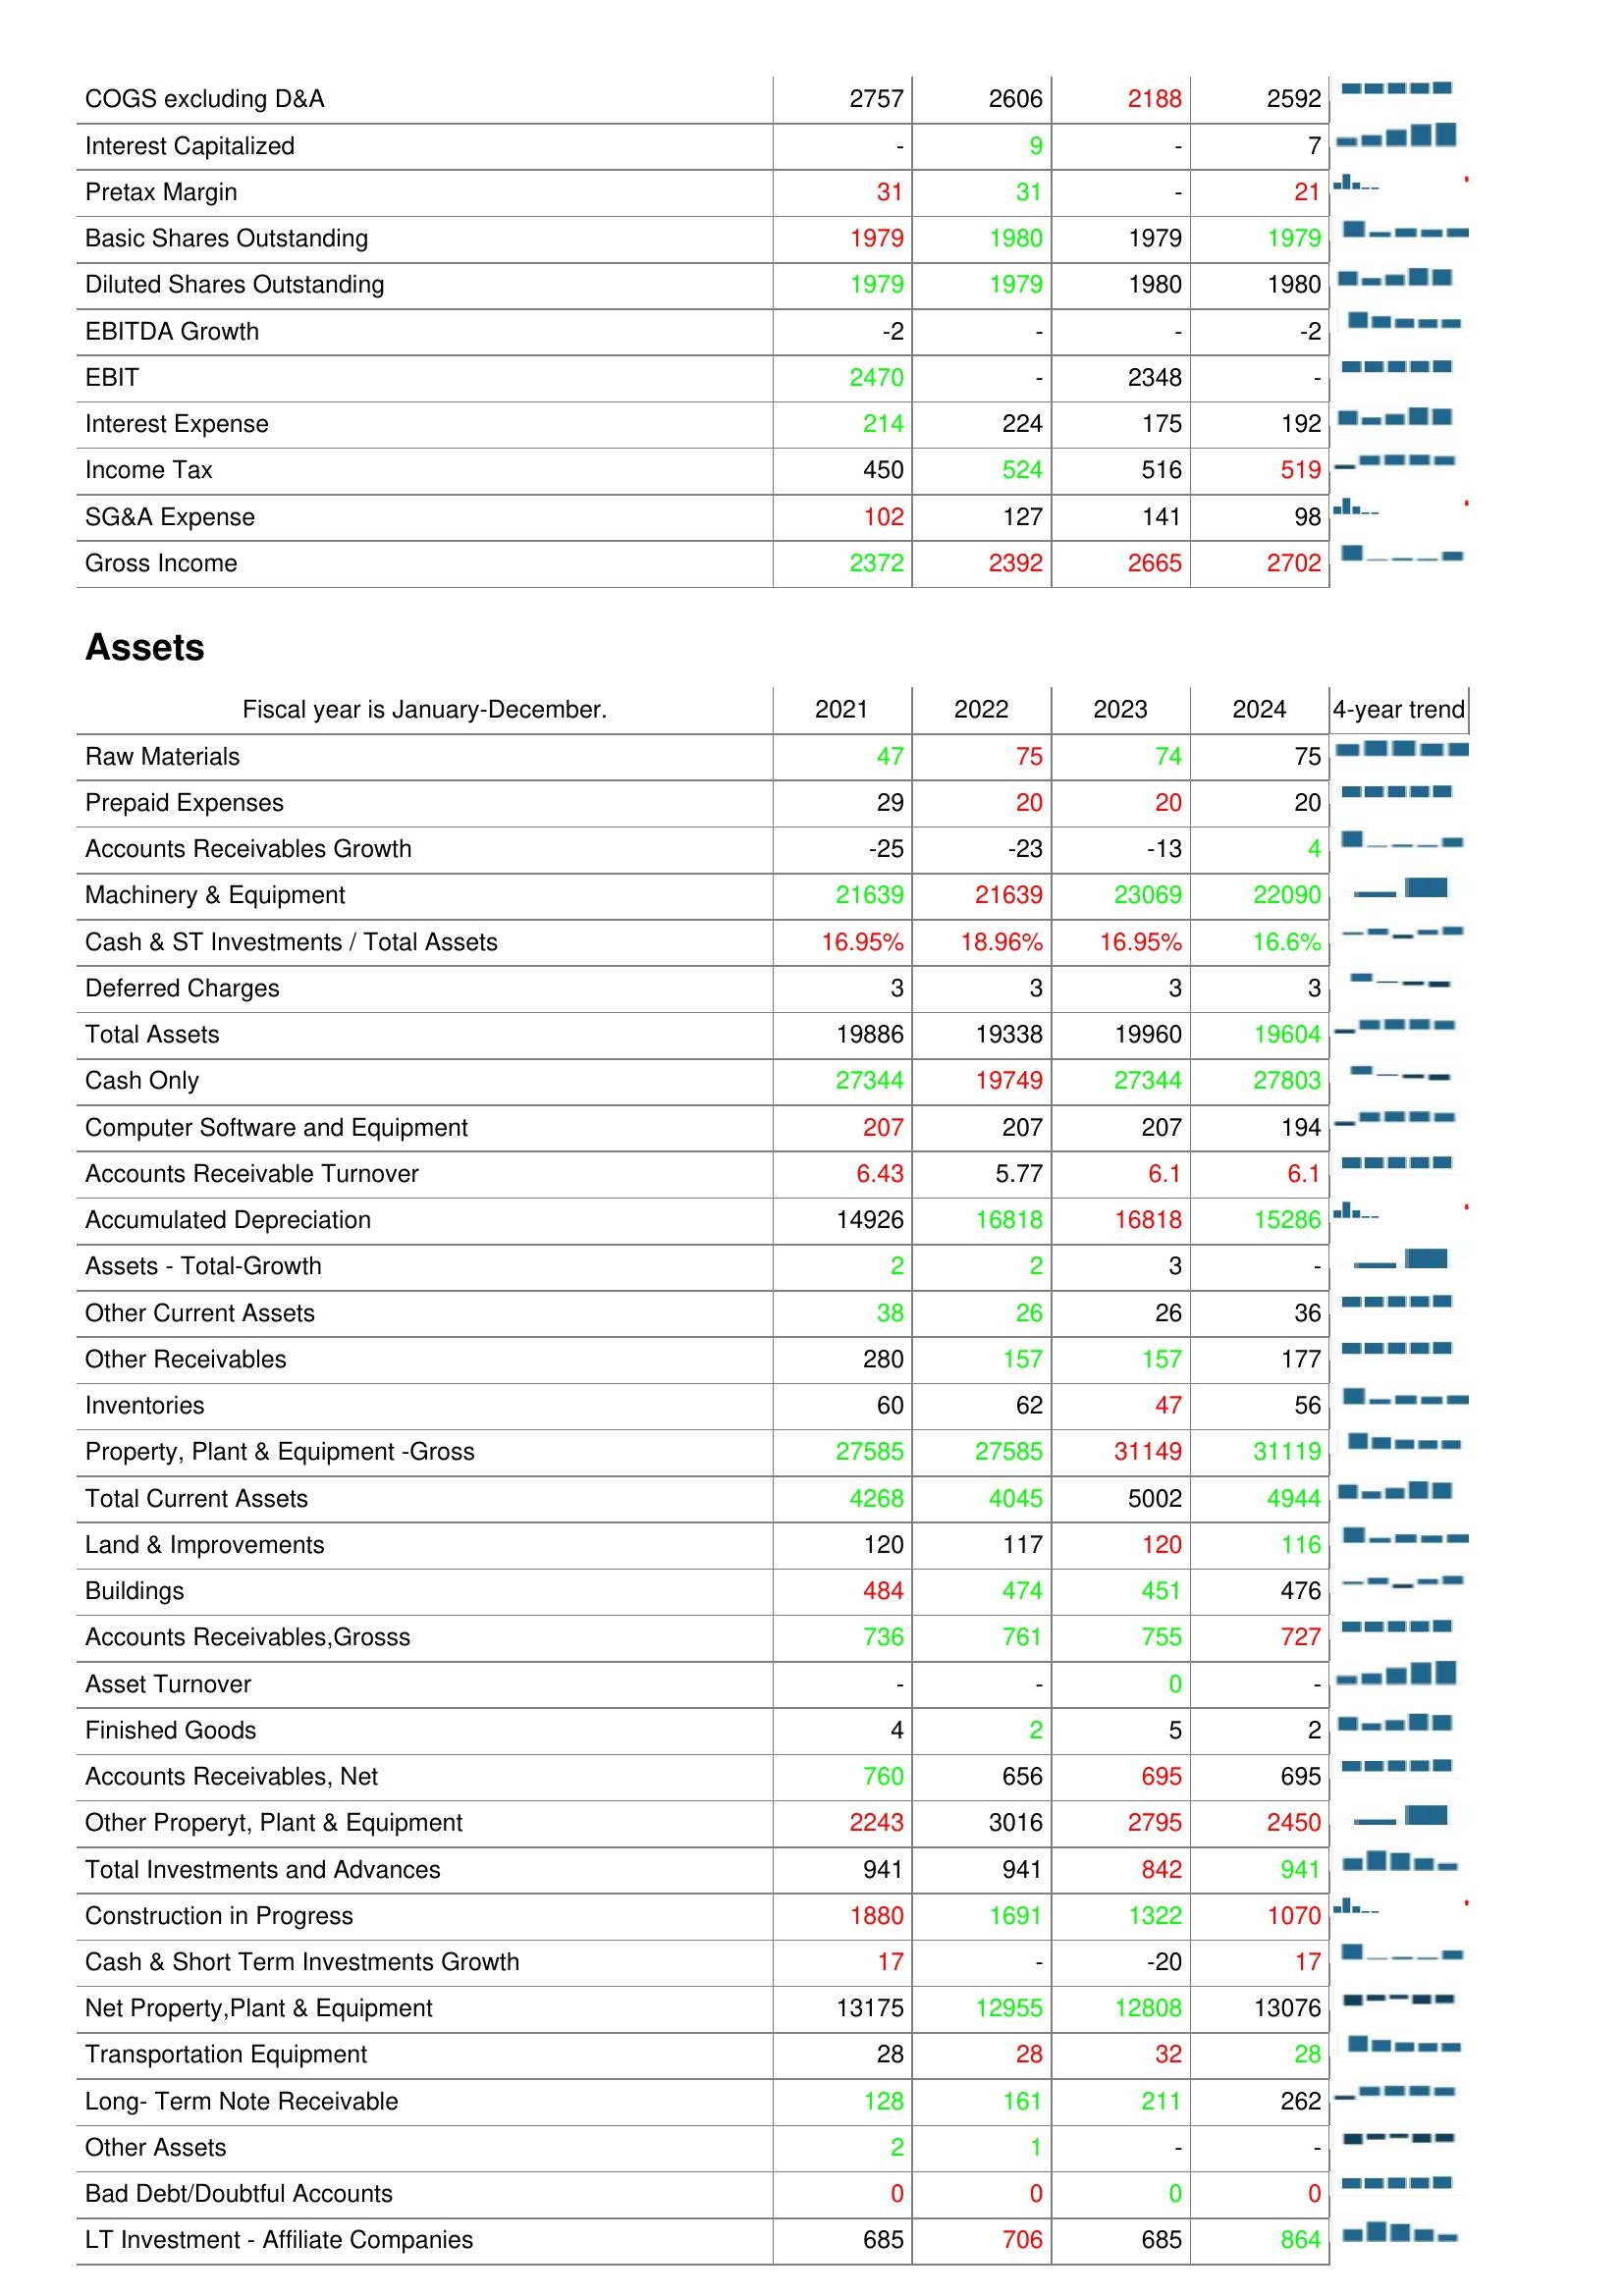
2021: : COGS excluding D&A: 2757
Interest Capitalized: -
Pretax Margin: 31
Basic Shares Outstanding: 1979
Diluted Shares Outstanding: 1979
EBITDA Growth: -2
EBIT: 2470
Interest Expense: 214
Income Tax: 450
SG&A Expense: 102
Gross Income: 2372
Assets: Raw Materials: 47
Prepaid Expenses: 29
Accounts Receivables Growth: -25
Machinery & Equipment: 21639
Cash & ST Investments / Total Assets: 16.95%
Deferred Charges: 3
Total Assets: 19886
Cash Only: 27344
Computer Software and Equipment: 207
Accounts Receivable Turnover: 6.43
Accumulated Depreciation: 14926
Assets - Total-Growth: 2
Other Current Assets: 38
Other Receivables: 280
Inventories: 60
Property, Plant & Equipment -Gross: 27585
Total Current Assets: 4268
Land & Improvements: 120
Buildings: 484
Accounts Receivables,Grosss: 736
Asset Turnover: -
Finished Goods: 4
Accounts Receivables, Net: 760
Other Properyt, Plant & Equipment: 2243
Total Investments and Advances: 941
Construction in Progress: 1880
Cash & Short Term Investments Growth: 17
Net Property,Plant & Equipment: 13175
Transportation Equipment: 28
Long- Term Note Receivable: 128
Other Assets: 2
Bad Debt/Doubtful Accounts: 0
LT Investment - Affiliate Companies: 685
2022: : COGS excluding D&A: 2606
Interest Capitalized: 9
Pretax Margin: 31
Basic Shares Outstanding: 1980
Diluted Shares Outstanding: 1979
EBITDA Growth: -
EBIT: -
Interest Expense: 224
Income Tax: 524
SG&A Expense: 127
Gross Income: 2392
Assets: Raw Materials: 75
Prepaid Expenses: 20
Accounts Receivables Growth: -23
Machinery & Equipment: 21639
Cash & ST Investments / Total Assets: 18.96%
Deferred Charges: 3
Total Assets: 19338
Cash Only: 19749
Computer Software and Equipment: 207
Accounts Receivable Turnover: 5.77
Accumulated Depreciation: 16818
Assets - Total-Growth: 2
Other Current Assets: 26
Other Receivables: 157
Inventories: 62
Property, Plant & Equipment -Gross: 27585
Total Current Assets: 4045
Land & Improvements: 117
Buildings: 474
Accounts Receivables,Grosss: 761
Asset Turnover: -
Finished Goods: 2
Accounts Receivables, Net: 656
Other Properyt, Plant & Equipment: 3016
Total Investments and Advances: 941
Construction in Progress: 1691
Cash & Short Term Investments Growth: -
Net Property,Plant & Equipment: 12955
Transportation Equipment: 28
Long- Term Note Receivable: 161
Other Assets: 1
Bad Debt/Doubtful Accounts: 0
LT Investment - Affiliate Companies: 706
2023: : COGS excluding D&A: 2188
Interest Capitalized: -
Pretax Margin: -
Basic Shares Outstanding: 1979
Diluted Shares Outstanding: 1980
EBITDA Growth: -
EBIT: 2348
Interest Expense: 175
Income Tax: 516
SG&A Expense: 141
Gross Income: 2665
Assets: Raw Materials: 74
Prepaid Expenses: 20
Accounts Receivables Growth: -13
Machinery & Equipment: 23069
Cash & ST Investments / Total Assets: 16.95%
Deferred Charges: 3
Total Assets: 19960
Cash Only: 27344
Computer Software and Equipment: 207
Accounts Receivable Turnover: 6.1
Accumulated Depreciation: 16818
Assets - Total-Growth: 3
Other Current Assets: 26
Other Receivables: 157
Inventories: 47
Property, Plant & Equipment -Gross: 31149
Total Current Assets: 5002
Land & Improvements: 120
Buildings: 451
Accounts Receivables,Grosss: 755
Asset Turnover: 0
Finished Goods: 5
Accounts Receivables, Net: 695
Other Properyt, Plant & Equipment: 2795
Total Investments and Advances: 842
Construction in Progress: 1322
Cash & Short Term Investments Growth: -20
Net Property,Plant & Equipment: 12808
Transportation Equipment: 32
Long- Term Note Receivable: 211
Other Assets: -
Bad Debt/Doubtful Accounts: 0
LT Investment - Affiliate Companies: 685
2024: : COGS excluding D&A: 2592
Interest Capitalized: 7
Pretax Margin: 21
Basic Shares Outstanding: 1979
Diluted Shares Outstanding: 1980
EBITDA Growth: -2
EBIT: -
Interest Expense: 192
Income Tax: 519
SG&A Expense: 98
Gross Income: 2702
Assets: Raw Materials: 75
Prepaid Expenses: 20
Accounts Receivables Growth: 4
Machinery & Equipment: 22090
Cash & ST Investments / Total Assets: 16.6%
Deferred Charges: 3
Total Assets: 19604
Cash Only: 27803
Computer Software and Equipment: 194
Accounts Receivable Turnover: 6.1
Accumulated Depreciation: 15286
Assets - Total-Growth: -
Other Current Assets: 36
Other Receivables: 177
Inventories: 56
Property, Plant & Equipment -Gross: 31119
Total Current Assets: 4944
Land & Improvements: 116
Buildings: 476
Accounts Receivables,Grosss: 727
Asset Turnover: -
Finished Goods: 2
Accounts Receivables, Net: 695
Other Properyt, Plant & Equipment: 2450
Total Investments and Advances: 941
Construction in Progress: 1070
Cash & Short Term Investments Growth: 17
Net Property,Plant & Equipment: 13076
Transportation Equipment: 28
Long- Term Note Receivable: 262
Other Assets: -
Bad Debt/Doubtful Accounts: 0
LT Investment - Affiliate Companies: 864